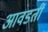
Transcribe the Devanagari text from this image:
आवडतीं